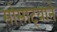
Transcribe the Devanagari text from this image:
सोसाट्याने